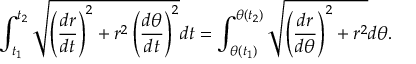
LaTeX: \int _ { t _ { 1 } } ^ { t _ { 2 } } { \sqrt { \left( { \frac { d r } { d t } } \right) ^ { 2 } + r ^ { 2 } \left( { \frac { d \theta } { d t } } \right) ^ { 2 } } } d t = \int _ { \theta ( t _ { 1 } ) } ^ { \theta ( t _ { 2 } ) } { \sqrt { \left( { \frac { d r } { d \theta } } \right) ^ { 2 } + r ^ { 2 } } } d \theta .